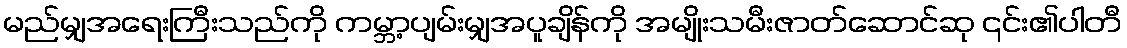
မည်မျှအရေးကြီးသည်ကို ကမ္ဘာ့ပျမ်းမျှအပူချိန်ကို အမျိုးသမီးဇာတ်ဆောင်ဆု ၎င်း၏ပါတီ